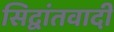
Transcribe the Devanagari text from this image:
सिद्वांतवादी